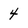
Character: 4